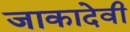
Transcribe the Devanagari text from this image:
जाकादेवी